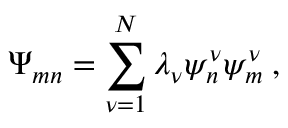
\Psi _ { m n } = \sum _ { \nu = 1 } ^ { N } \lambda _ { \nu } \psi _ { n } ^ { \nu } \psi _ { m } ^ { \nu } \: ,